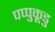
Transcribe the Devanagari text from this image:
पप्पुकूडु